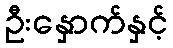
ဦးနှောက်နှင့်